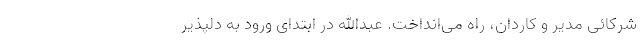
شرکائی مدیر و کاردان، راه می‌انداخت. عبدالله در ابتدای ورود به دلپذیر